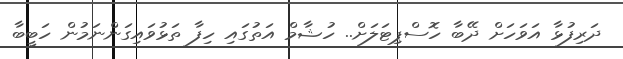
ދަރިފުޅާ އަވަހަށް ދޭބާ ހޮސްޕިޓަލަށް.. ހުޝާމް އަތުގައި ހިފާ ތަޅުވައިގަންނަމުން ހަބީބާ